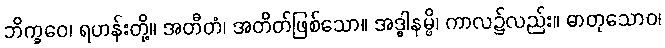
ဘိက္ခဝေ၊ ရဟန်းတို့။ အတီတံ၊ အတိတ်ဖြစ်သော။ အဒ္ဓါနမ္ပိ၊ ကာလ၌လည်း။ ဓာတုသောဝ၊